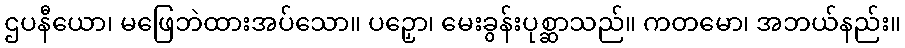
ဌပနီယော၊ မဖြေဘဲထားအပ်သော။ ပဉှော၊ မေးခွန်းပုစ္ဆာသည်။ ကတမော၊ အဘယ်နည်း။